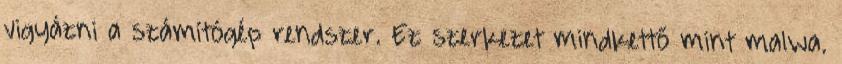
vigyázni a számítógép rendszer. Ez szerkezet mindkettő mint malwa.